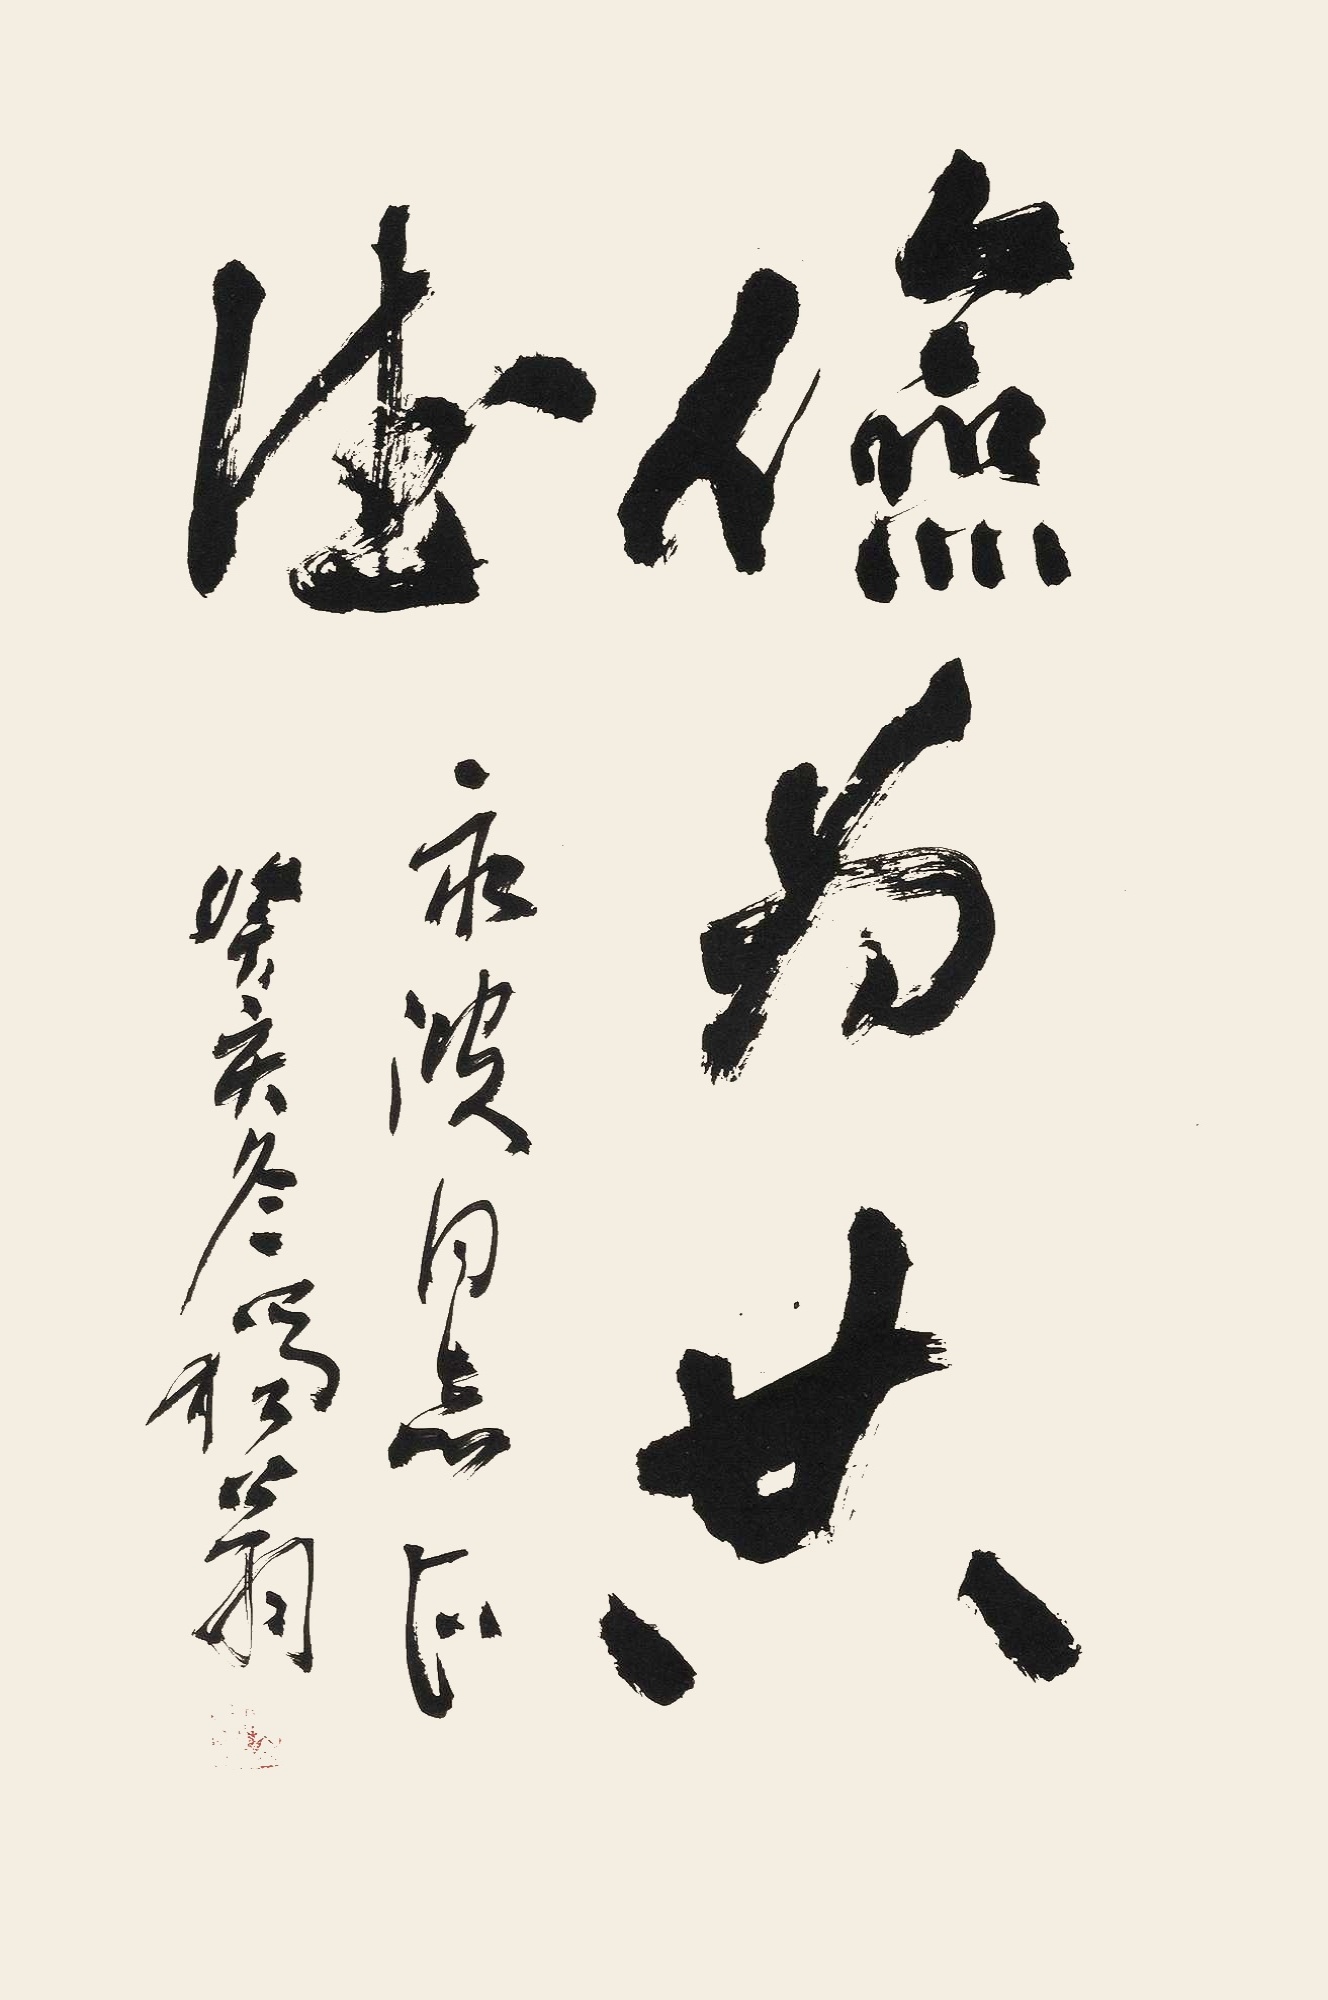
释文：俭为共德。永波同志正，癸亥冬独翁。